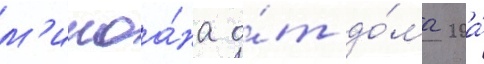
м'икоа́на о́т до́ма 20а́